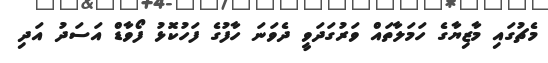
މެޗުގައި މާޒިޔާގެ ހަމަލާތައް ވަރުގަދަވީ ދެވަނަ ހާފުގެ ފަހުކޮޅު ފޯވާޑް އަސަދު އަދި